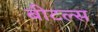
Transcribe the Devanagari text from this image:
बीटल्‍स